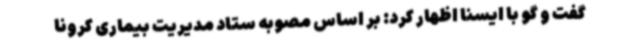
گفت و گو با ایسنا اظهار کرد: بر اساس مصوبه ستاد مدیریت بیماری کرونا